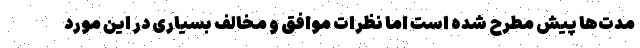
مدت‌ها پیش مطرح شده است اما نظرات موافق و مخالف بسیاری در این مورد